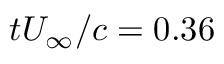
t U _ { \infty } / c = 0 . 3 6